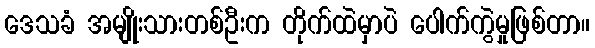
ဒေသခံ အမျိုးသားတစ်ဦးက တိုက်ထဲမှာပဲ ပေါက်ကွဲမှုဖြစ်တာ။